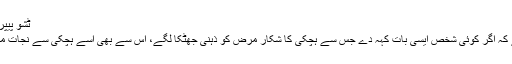
ٹشو پیپر کا استعمال
کہا جاتا ہے کہ اگر کوئی شخص ایسی بات کہہ دے جس سے ہچکی کا شکار مرض کو ذہنی جھٹکا لگے، اس سے بھی اسے ہچکی سے نجات مل جاتی ہے۔